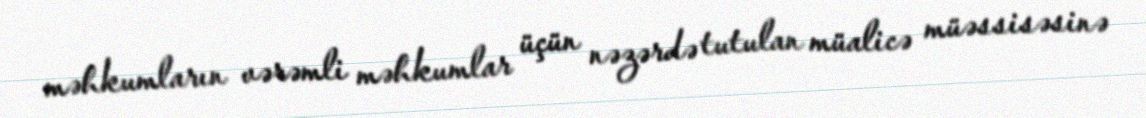
məhkumların vərəmli məhkumlar üçün nəzərdə tutulan müalicə müəssisəsinə